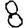
Digit: 8